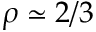
\rho \simeq 2 / 3